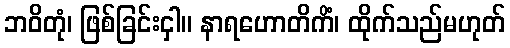
ဘဝိတုံ၊ ဖြစ်ခြင်းငှါ။ နာရဟောတိကိံ၊ ထိုက်သည်မဟုတ်